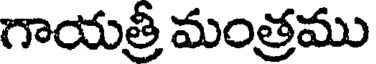
గాయత్రీ మంత్రము